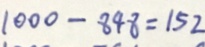
1 0 0 0 - 8 4 8 = 1 5 2